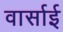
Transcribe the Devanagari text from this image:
वार्साई